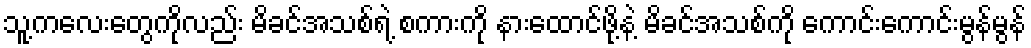
သူ့ကလေးတွေကိုလည်း မိခင်အသစ်ရဲ့ စကားကို နားထောင်ဖို့နဲ့ မိခင်အသစ်ကို ကောင်းကောင်းမွန်မွန်